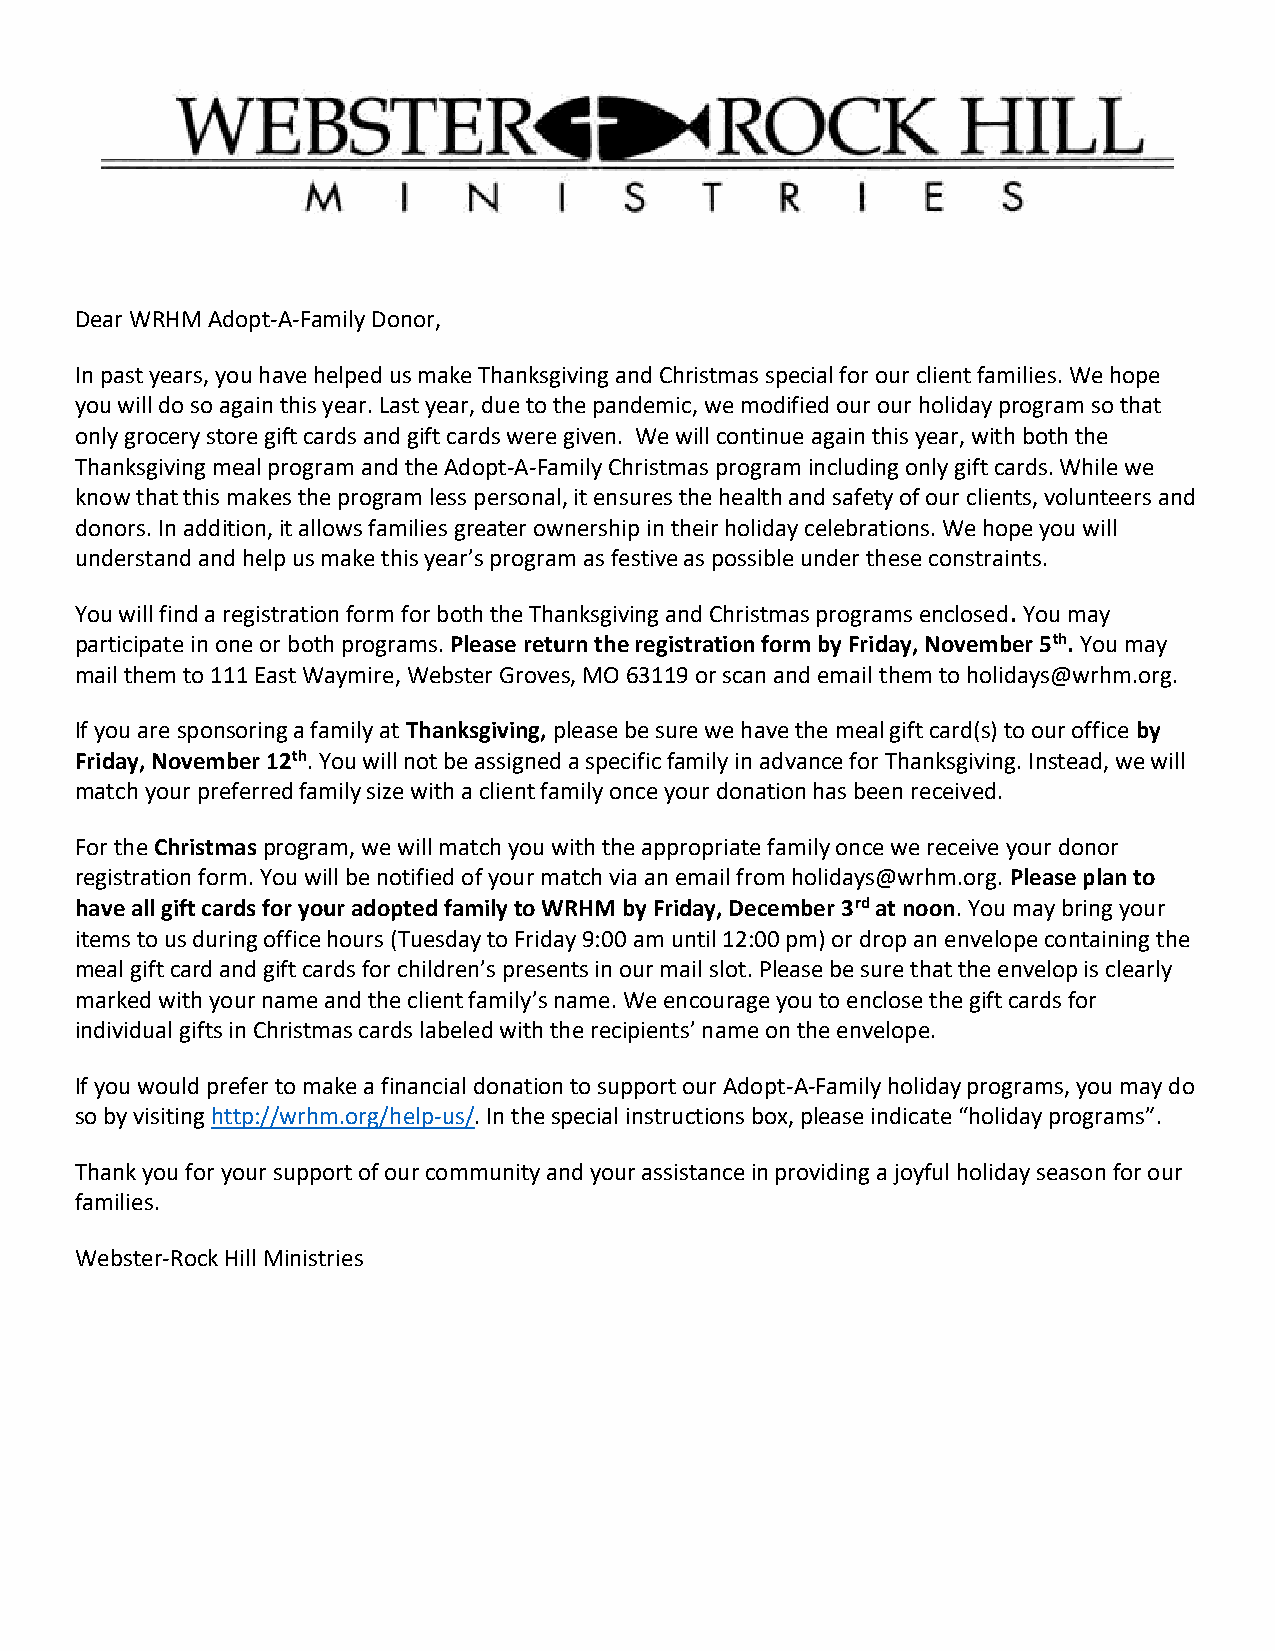
Dear WRHM Adopt-A-Family Donor,
 In past years, you have helped us make Thanksgiving and Christmas special for our client families. We hope
 you will do so again this year. Last year, due to the pandemic, we modified our our holiday program so that
 only grocery store gift cards and gift cards were given. We will continue again this year, with both the
 Thanksgiving meal program and the Adopt-A-Family Christmas program including only gift cards. While we
 know that this makes the program less personal, it ensures the health and safety of our clients, volunteers and
 donors. In addition, it allows families greater ownership in their holiday celebrations. We hope you will
 understand and help us make this year’s program as festive as possible under these constraints.
 You will find a registration form for both the Thanksgiving and Christmas programs enclosed. You may
 participate in one or both programs. Please return the registration form by Friday, November 5th. You may
 mail them to 111 East Waymire, Webster Groves, MO 63119 or scan and email them to holidays@wrhm.org.
 If you are sponsoring a family at Thanksgiving, please be sure we have the meal gift card(s) to our office by
 Friday, November 12th. You will not be assigned a specific family in advance for Thanksgiving. Instead, we will
 match your preferred family size with a client family once your donation has been received.
 For the Christmas program, we will match you with the appropriate family once we receive your donor
 registration form. You will be notified of your match via an email from holidays@wrhm.org. Please plan to
 have all gift cards for your adopted family to WRHM by Friday, December 3rd at noon. You may bring your
 items to us during office hours (Tuesday to Friday 9:00 am until 12:00 pm) or drop an envelope containing the
 meal gift card and gift cards for children’s presents in our mail slot. Please be sure that the envelop is clearly
 marked with your name and the client family’s name. We encourage you to enclose the gift cards for
 individual gifts in Christmas cards labeled with the recipients’ name on the envelope.
 If you would prefer to make a financial donation to support our Adopt-A-Family holiday programs, you may do
 so by visiting http://wrhm.org/help-us/. In the special instructions box, please indicate “holiday programs”.
 Thank you for your support of our community and your assistance in providing a joyful holiday season for our
 families.
 Webster-Rock Hill Ministries